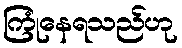
ကြုံနေရသည်ဟု